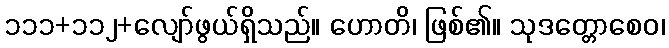
၁၁၁+၁၁၂+လျော်ဖွယ်ရှိသည်။ ဟောတိ၊ ဖြစ်၏။ သုဒတ္တောစေဝ၊